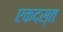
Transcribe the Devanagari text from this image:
एकदस्त